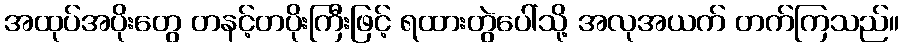
အထုပ်အပိုးတွေ တနင့်တပိုးကြီးဖြင့် ရထားတွဲပေါ်သို့ အလုအယက် တက်ကြသည်။